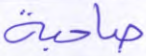
صاحبة